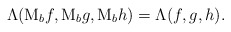
\begin{align*}\Lambda(\textup{M}_b f, \textup{M}_b g, \textup{M}_b h) = \Lambda(f,g,h).\end{align*}